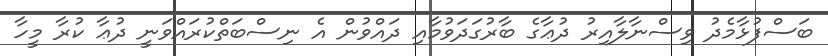
ބަސްފުޅާމެދު ވިސްނާލާއިރު ދުޢާގެ ބާރުގަދަވުމާއި ދައްވުން އެ ނިސްބަތްކުރައްވަނީ ދުޢާ ކުރާ މީހާ